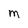
Character: m